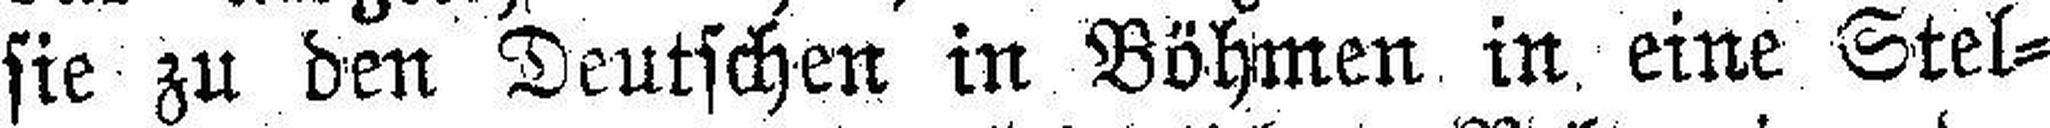
sie zu den Deutschen in Böhmen in eine Stel¬